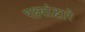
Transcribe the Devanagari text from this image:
पक्ष्यांद्वारे